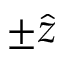
\pm \hat { z }